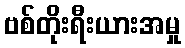
ဗစ်တိုးရီးယားအမှု